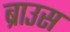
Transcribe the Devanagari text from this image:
ब्राउस